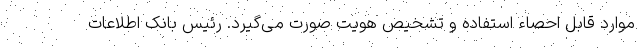
موارد قابل احصاء استفاده و تشخیص هویت صورت می‌گیرد. رئیس بانک اطلاعات